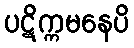
ပဋိက္ကမနေပိ